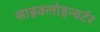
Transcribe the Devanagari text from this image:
साइक्लोइन्वर्टर